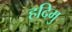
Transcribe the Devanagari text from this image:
हदिमु